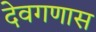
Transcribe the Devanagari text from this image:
देवगणास